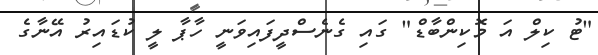
"ޓު ކިލް އަ މޮކިންބާޑް" ގައި ގެނެސްދީފައިވަނީ ހާޕާ ލީ ކުޑައިރު އޭނާގެ